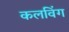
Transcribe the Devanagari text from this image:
कलविंग